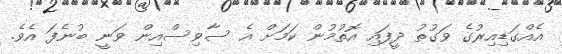
އެއްގަޑިއިރުގެ ވަގުތު ދީފައި އޮތުމުން ކަމަށް އެ ސާވިސްއިން ވަނީ ބުނެފަ އެވެ.